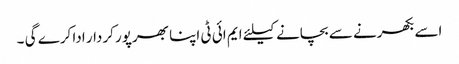
اسے بکھرنے سے بچانے کیلئے ایم ائی ٹی اپنا بھرپور کردار ادا کرے گی ۔